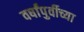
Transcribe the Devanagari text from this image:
वर्षांपुर्वीच्या